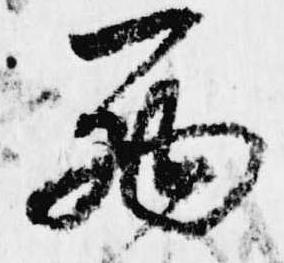
西